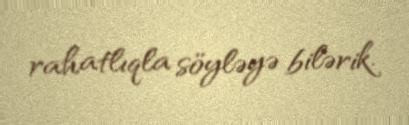
rahatlıqla söyləyə bilərik.